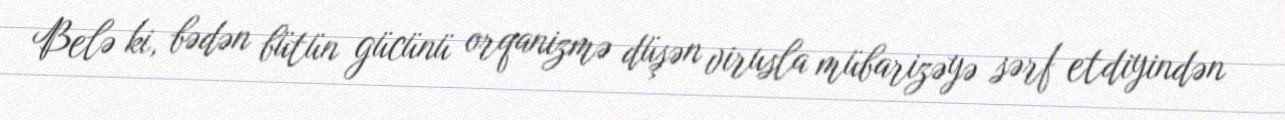
Belə ki, bədən bütün gücünü orqanizmə düşən virusla mübarizəyə sərf etdiyindən